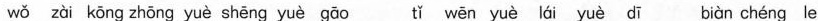
wǒ zài kōng zhōng yuè shēng yuè gāo tǐ wēn yuè lái yuè dī biàn chéng le